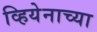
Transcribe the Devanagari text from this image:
व्हियेनाच्या